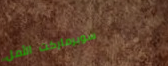
سوبرماركت الأمل